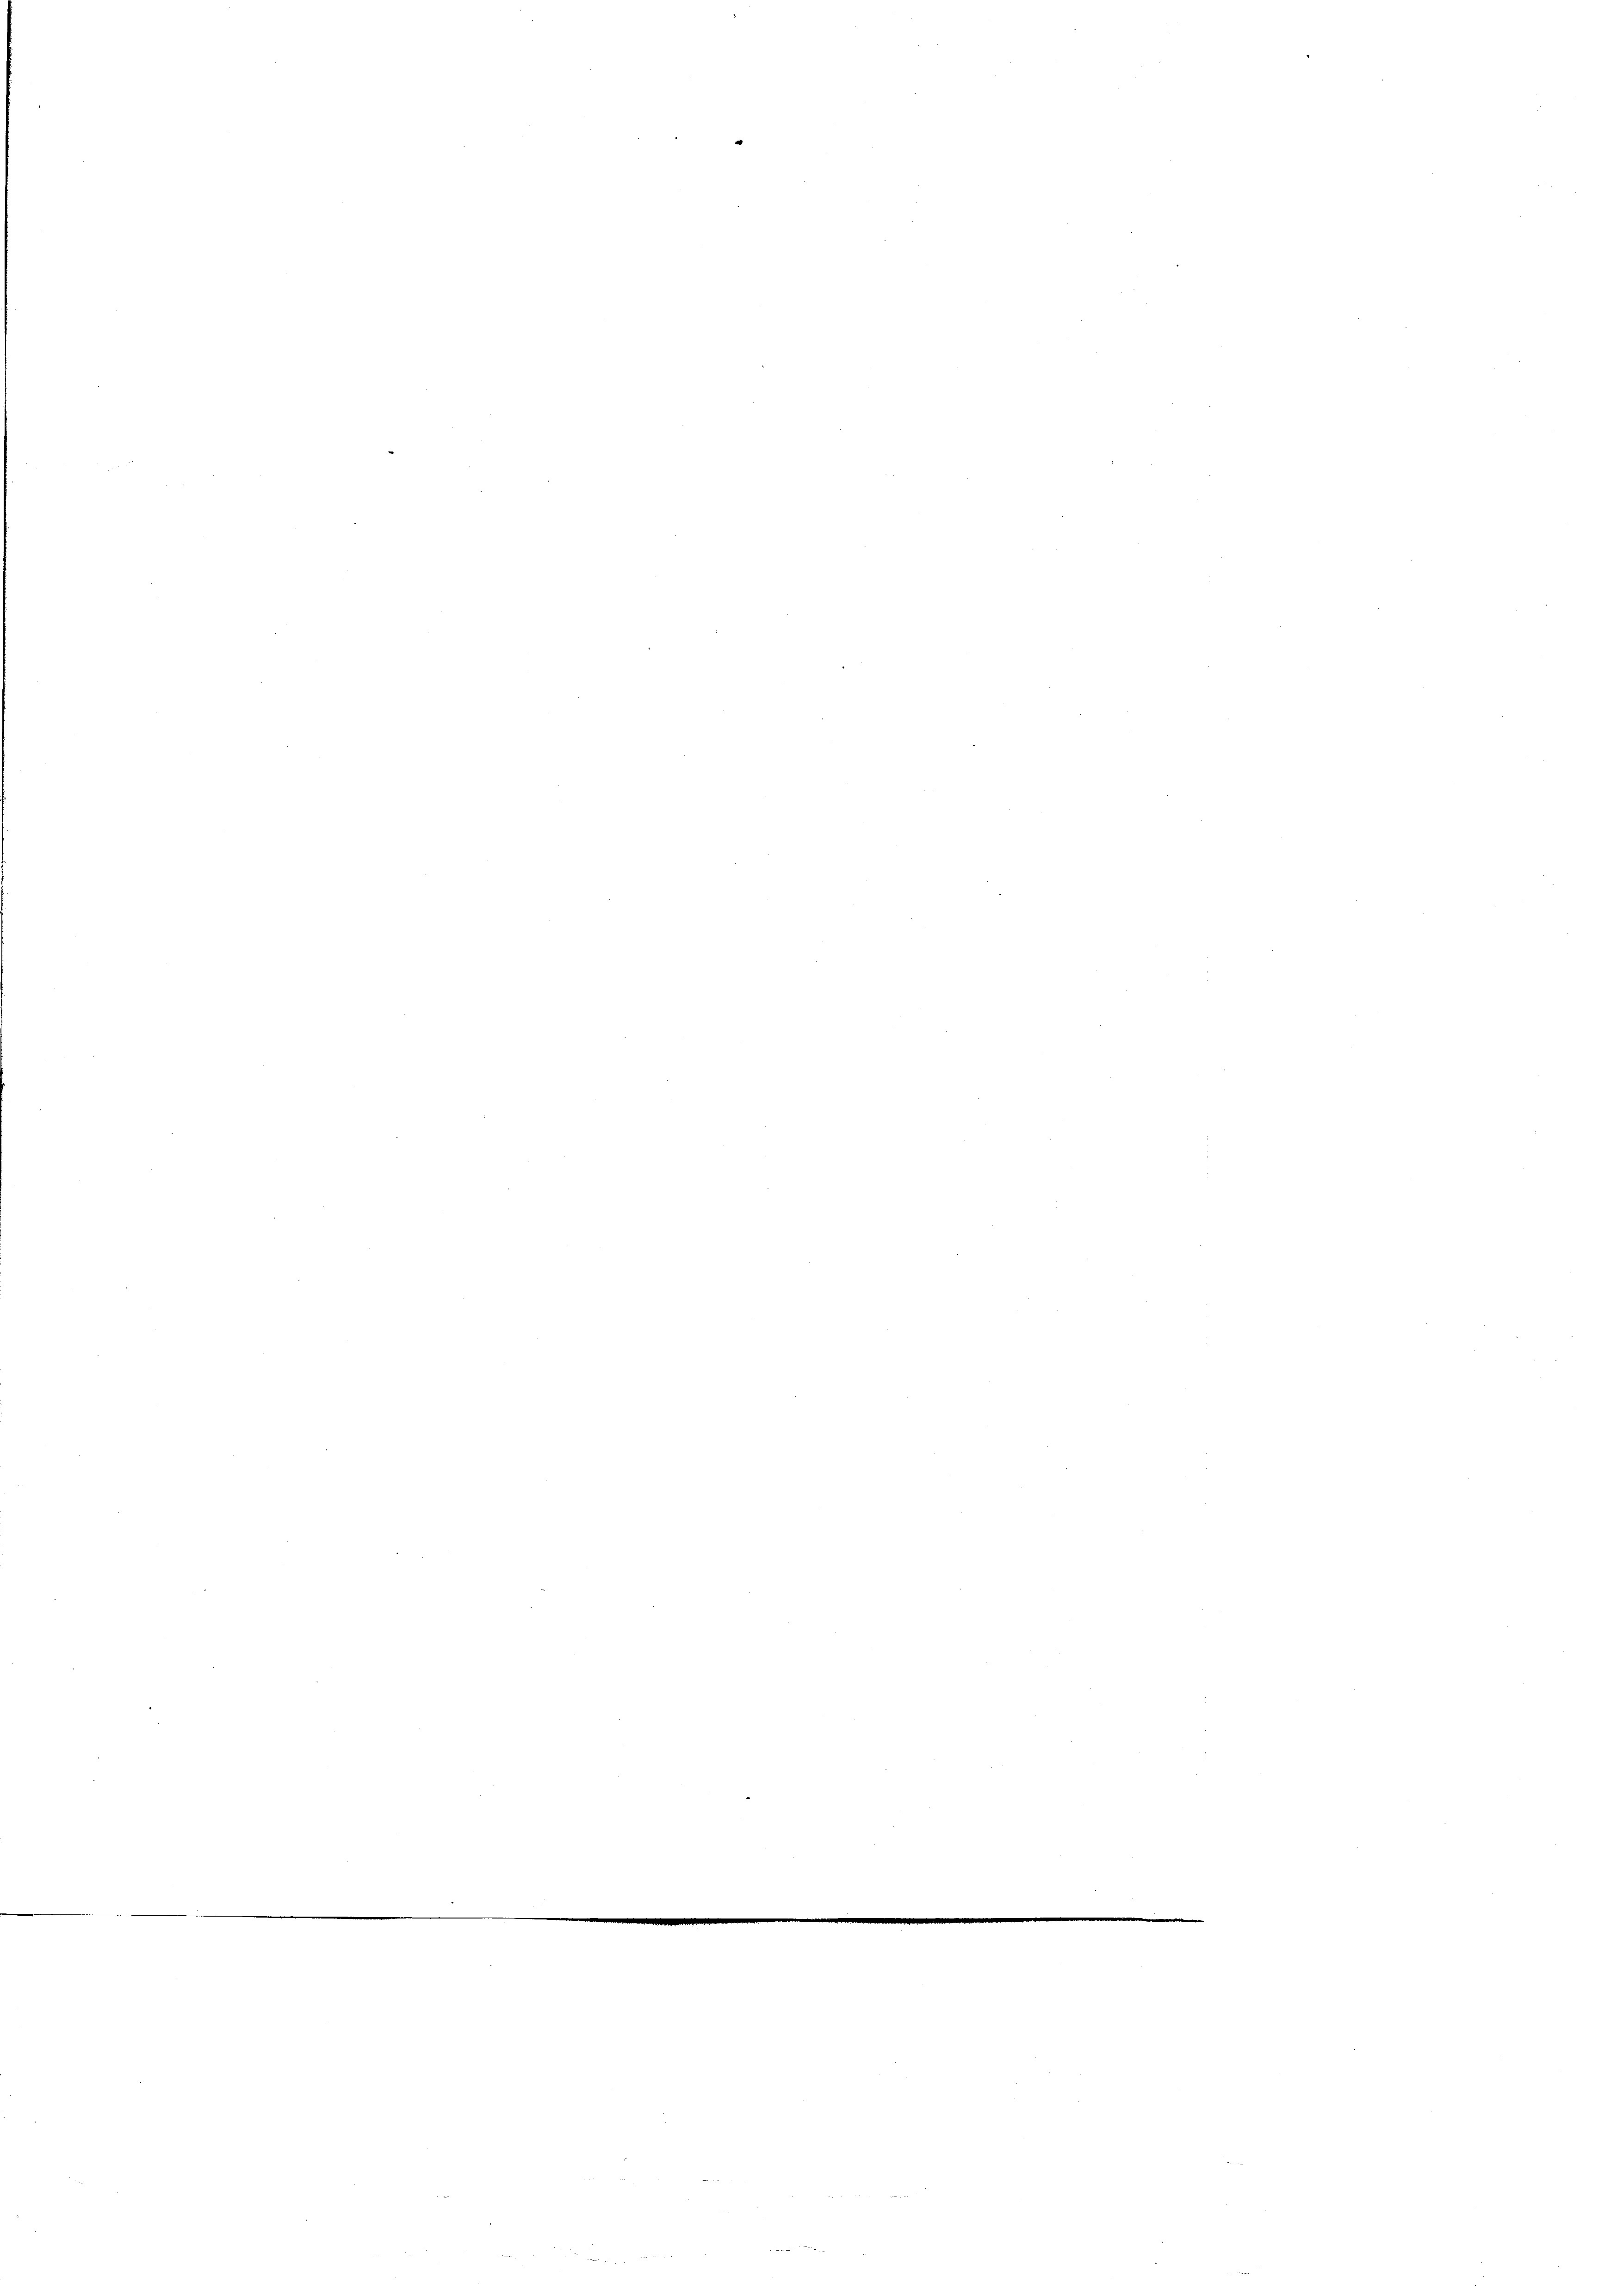
e

.

n

em 19. Seiter

.